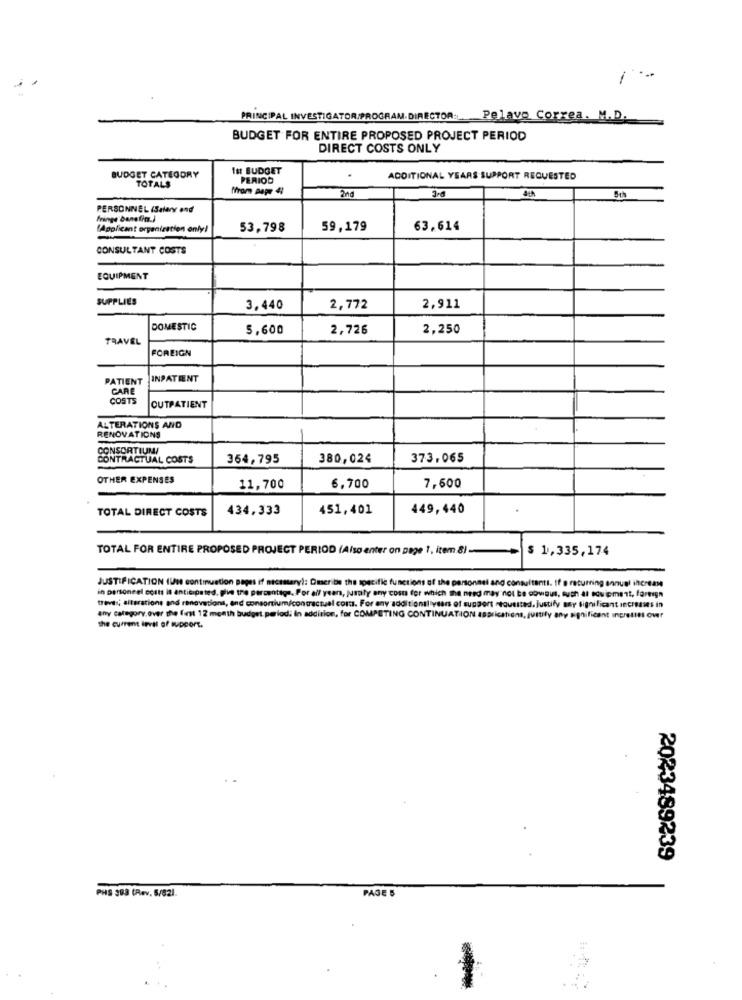
1
. ...
PRINCIPAL INVESTIGATOR.PROGRAM DIRECTOR: Pelavo Correa. M.D.
BUDGET FOR ENTIRE PROPOSED PROJECT PERIOD
DIRECT COSTS ONLY
Ist BUDGET
BUDGET CATEGORY
PERIOD
ADDITIONAL YEARS SUPPORT REQUESTED
TOTALS
PERSONNEL (Salary and
fringe benefit.)
"Applicant organization only!
53,798
59,179
63,614
-
CONSULTANT COSTS
EQUIPMENT
SUPPLIES
3,440
2,772
2,911
DOMESTIC
5,600
2,726
2,250
TRAVEL
FOREIGN
PATIENT
INPATIENT
CARE
COSTS
OUTPATIENT
ALTERATIONS AND
RENOVATIONS
CONSORTIUMI
CONTRACTUAL COSTS
354,795
380,024
373,065
OTHER EXPENSES
7,600
11,700
6,700
TOTAL DIRECT COSTS
434,333
451,401
449,440
TOTAL FOR ENTIRE PROPOSED PROJECT PERIOD (Also enter on page 1, item 8)-
$ 1,335,174
JUSTIFICATION (UN continuation pages if necessary): Describe the specific functions of the personnel and consultantt. If a returning annuali
in personeel costs is anticipated. plie the percentage. For all year, jusaty any cost for which the need may not be obvious, such at sowiement, foreign
treve; siterations and renovations, and consortium/contractual com. For any additional veers of support -tquested. justify soy Significant increases in
any category.over the first 12 month budget period; In addition, for COMPETING CONTINUATION applications, justify any significant Inpretitl over
the current level of support.
2023489239
PHS 383 (Rev. 5/82).
PAGE 5